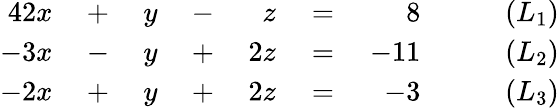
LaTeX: \begin{array}{rlrlrlrl}{{4}2x}&{{}{}+{}}&{y}&{{}{}-{}}&{z}&{{}{}={}}&{8}&{{}\qquad(L_{1})}\\ {-3x}&{{}{}-{}}&{y}&{{}{}+{}}&{2z}&{{}{}={}}&{-11}&{{}\qquad(L_{2})}\\ {-2x}&{{}{}+{}}&{y}&{{}{}+{}}&{2z}&{{}{}={}}&{-3}&{{}\qquad(L_{3})}\end{array}